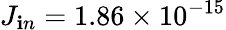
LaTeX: J_{\mathbf{i}n}=1.86\times10^{-15}